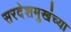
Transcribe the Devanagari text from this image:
सरदेशमुखंच्या